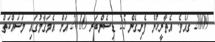
2009 ގައެވެ. އެތާރީޚުން ފެށިގެން 25 ޑިސެންބަރ 2010 އަށް އެމަޤާމުގައި މަސައްކަތް